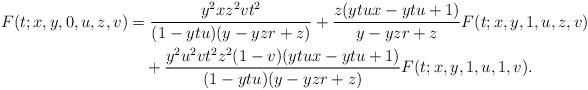
LaTeX: \begin{align*}F(t;x,y,0,u,z,v)&=\frac{y^2xz^2vt^2}{(1-ytu)(y-yzr+z)}+\frac{z(ytux-ytu+1)}{y-yzr+z}F(t;x,y,1,u,z,v)\\&\quad+\frac{y^2u^2vt^2z^2(1-v)(ytux-ytu+1)}{(1-ytu)(y-yzr+z)}F(t;x,y,1,u,1,v).\end{align*}